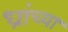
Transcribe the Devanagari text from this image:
ध्रांच्या